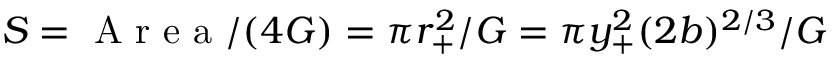
S = \mathrm { ~ A ~ r ~ e ~ a ~ } / ( 4 G ) = \pi r _ { + } ^ { 2 } / G = \pi y _ { + } ^ { 2 } ( 2 b ) ^ { 2 / 3 } / G